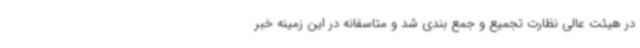
در هیئت عالی نظارت تجمیع و جمع بندی شد و متاسفانه در این زمینه خبر